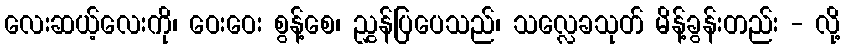
လေးဆယ့်လေးကို၊ ဝေးဝေး စွန့်စေ၊ ညွှန်ပြပေသည်၊ သလ္လေခသုတ် မိန့်ခွန်းတည်း - လို့